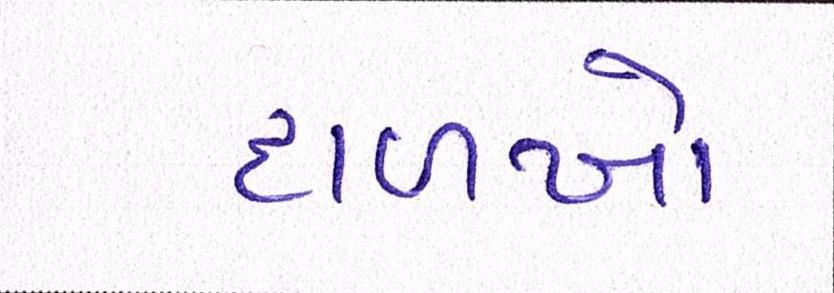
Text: દાળખો